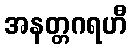
အနတ္တဂရဟီ